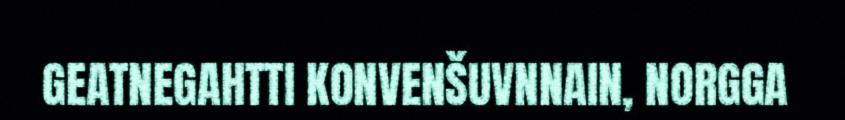
GEATNEGAHTTI KONVENŠUVNNAIN, NORGGA